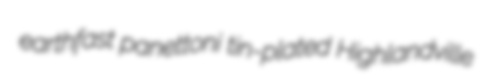
earthfast panettoni tin-plated Highlandville